Civil Veterinary Department. United Provinces 1932-42 - 1932-1942
Year: 1932
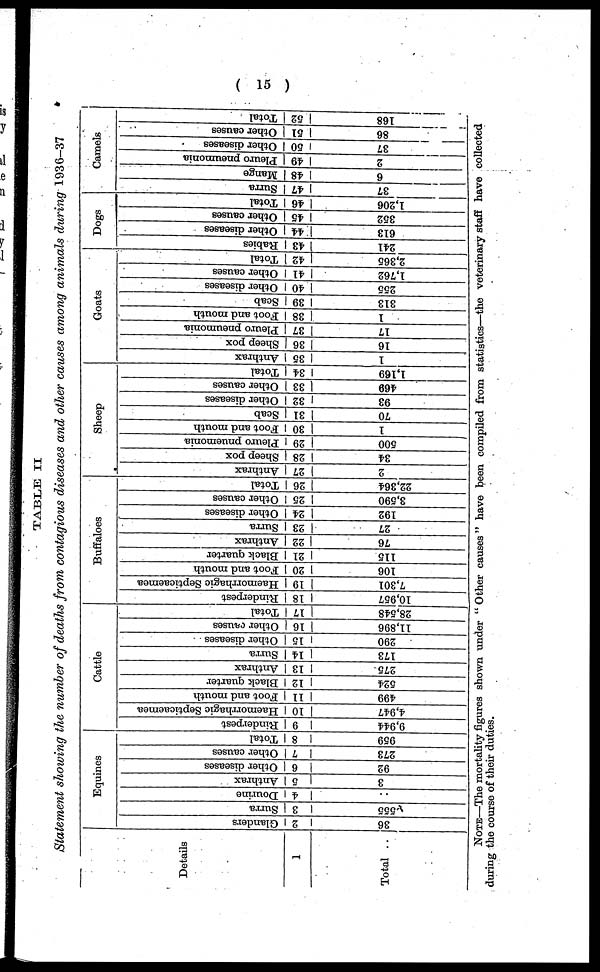
(15)
TABLE II
Statement showing the number of deaths from contagious diseases and other causes among animals during 1936-37
Details
1
Total ..
Equines
Glanders
2
36
Surra
3
555
Dourine
4
..
Anthrax
5
3
Other diseases
6
92
Other causes
7
273
Total
8
959
Cattle
Rinderpest
9
9,944
Haemorrhagic Septicaemea
10
4,947
Foot and mouth
11
499
Black quarter
12
524
Anthrax
13
275
Surra
14
173
Other diseases
15
290
Other causes
16
11,896
Total
17
28,548
Buffaloes
Rinderpest
18
10,957
Haemorrhagic Septicaemea
19
7,301
Foot and mouth
20
106
Black quarter
21
115
Anthrax
22
76
Surra
23
27
Other diseases
24
192
Other causes
25
3,590
Total
26
22,364
Sheep
Anthrax
27
2
Sheep pox
28
34
Pleuro pnuemonia
29
500
Foot and mouth
30
1
Scab
31
70
Other diseases
32
93
Other causes
33
469
Total
34
1,169
Goats
Anthrax
35
1
Sheep pox
36
16
Pleuro pneumonia
37
17
Foot and mouth
38
1
Scab
39
313
Other diseases
40
255
Other causes
41
1,762
Total
42
2,365
Dogs
Rabies
43
241
Other diseases
44
613
Other causes
45
352
Total
46
1,206
Camels
Surra
47
37
Mange
48
6
Pleuro pneumonia
49
2
Other diseases
50
37
Other causes
51
86
Total
52
168
NOTE—The mortality figures shown under "Other causes" have been compiled from statistics—the veterinary staff have collected
during the course of their duties.